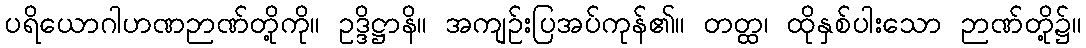
ပရိယောဂါဟဏဉာဏ်တို့ကို။ ဥဒ္ဒိဋ္ဌာနိ။ အကျဉ်းပြအပ်ကုန်၏။ တတ္ထ၊ ထိုနှစ်ပါးသော ဉာဏ်တို့၌။